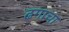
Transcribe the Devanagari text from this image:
ढगाचा